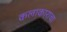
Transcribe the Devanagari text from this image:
कलाकाराचा